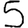
Digit: 5